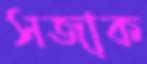
সজাক